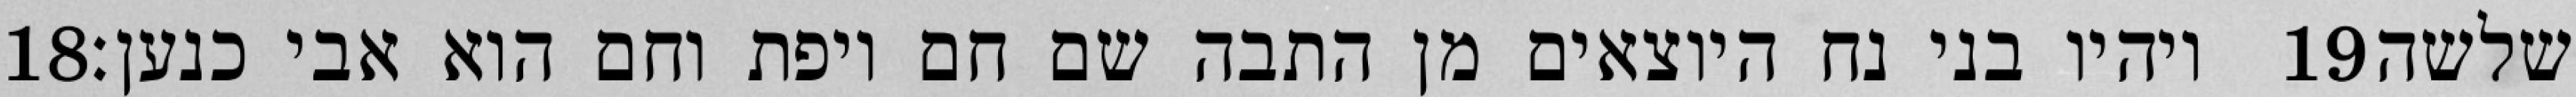
‎18‏ ויהיו בני נח היוצאים מן התבה שם חם ויפת וחם הוא אבי כנען׃ ‎19‏ שלשה